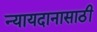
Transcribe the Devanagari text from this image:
न्यायदानासाठी